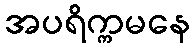
အပရိက္ကမနေ